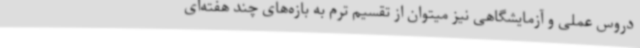
دروس عملی و آزمایشگاهی نیز میتوان از تقسیم ترم به بازه‌های چند هفته‌ای